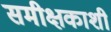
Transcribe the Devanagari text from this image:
समीक्षकाशी